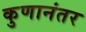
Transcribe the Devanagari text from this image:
कुणानंतर